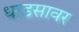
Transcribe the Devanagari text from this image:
धाडसावर